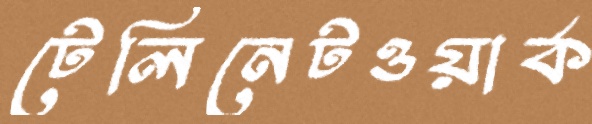
টেলিনেটওয়ার্ক